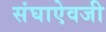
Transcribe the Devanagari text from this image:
संघाऐवजी